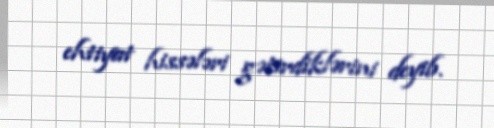
ehtiyat hissələri gətirdiklərini deyib.